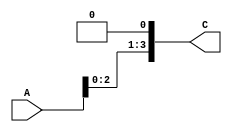
module shift#(parameter n=4)(input [n-1:0]A,output [n-1:0]C);
assign C[0]=1'b0;
genvar i;
  generate
	for (i = n-1; i > 0; i = i - 1) begin
      	assign C[i]=A[i-1];
	end
  endgenerate
endmodule